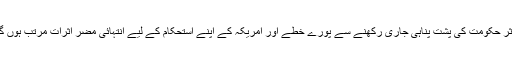
مزید لکھتے ہیں کہ ہٹ دھرمی سے جنگ جاری رکھنے اور کابل میں ایک کرپٹ اور غیر موثر حکومت کی پشت پناہی جاری رکھنے سے پورے خطے اور امریکہ کے اپنے استحکام کے لیے انتہائی مضر اثرات مرتب ہوں گے،یہ خط پشتو اور انگریزی زبانوں میں طالبان کی اپنی ایک ویب سائٹ پر جاری کیا گیا ہے۔